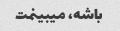
باشه، میبینمت